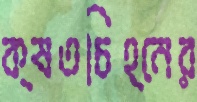
ক্ষতচিহ্নের